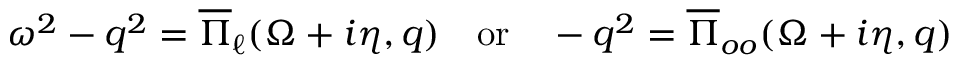
\omega ^ { 2 } - q ^ { 2 } = \overline { { \Pi } } _ { \ell } ( \Omega + i \eta , q ) \quad \mathrm { o r } \quad - q ^ { 2 } = \overline { { \Pi } } _ { o o } ( \Omega + i \eta , q )